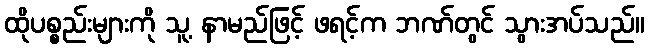
ထိုပစ္စည်းများကို သူ့ နာမည်ဖြင့် ဖရင့်က ဘဏ်တွင် သွားအပ်သည်။